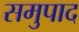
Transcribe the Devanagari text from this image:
समुपाद